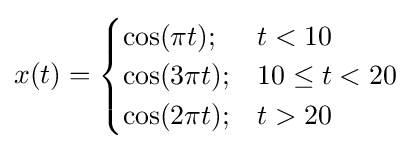
x(t)={\begin{cases}\cos(\pi t);&t<10\\\cos(3\pi t);&10\leq t<20\\\cos(2\pi t);&t>20\end{cases}}